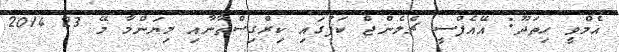
އެމްވީ ހިތަދޫ: އޭއެފްސީ ޗެލެންޖް ކަޕުގައި ކިރްގިސްތާނާއި މިޔަންމާ މޭ 23 2014